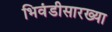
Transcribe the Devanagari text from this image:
भिवंडीसारख्या